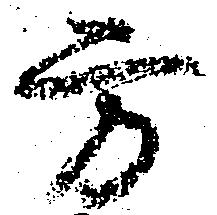
方